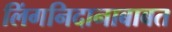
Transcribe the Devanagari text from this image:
लिंगनिदानाबाबत